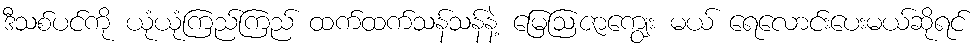
ဒီသစ်ပင်ကို ယုံယုံကြည်ကြည် ထက်ထက်သန်သန်နဲ့ မြေဩဇာကျွေး မယ် ရေလောင်းပေးမယ်ဆိုရင်